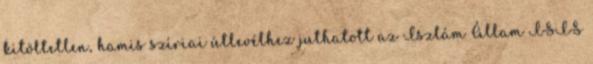
kitöltetlen, hamis szíriai útlevélhez juthatott az Iszlám Állam ISIS